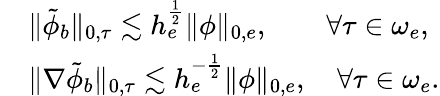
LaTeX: \begin{array}{rl}&{\| \tilde{\phi}_{b}\| _{0,\tau}\lesssim h_{e}^{\frac{1}{2}}\| \phi\| _{0,e},\quad\quad\forall\tau\in\omega_{e},}\\ &{\| \nabla\tilde{\phi}_{b}\| _{0,\tau}\lesssim h_{e}^{-\frac{1}{2}}\| \phi\| _{0,e},\quad\forall\tau\in\omega_{e}.}\end{array}